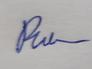
Signature authenticity: genuine